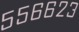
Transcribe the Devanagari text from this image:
५५६६२३